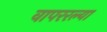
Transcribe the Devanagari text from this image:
वापररल्या